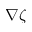
\nabla \zeta